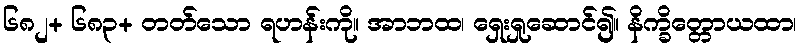
၆၈၂+ ၆၈၃+ တတ်သော ရဟန်းကို။ အာဘထ၊ ရှေးရှုဆောင်၍။ နိက္ခိတ္တောယထာ၊